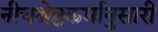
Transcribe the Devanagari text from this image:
नीचश्रेष्ठकर्मानुसारी